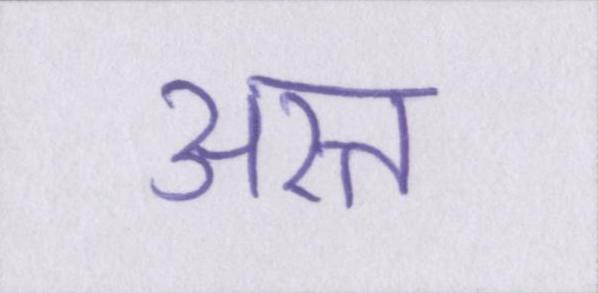
अस्त